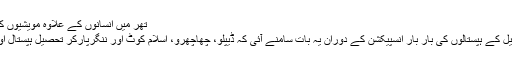
Image caption تھر میں انسانوں کے علاوہ مویشیوں کو بھی خطرہ لاحق ہے
رپورٹ کے مطابق ضلعی ہپستال اور تحصیل کے ہپستالوں کی بار بار انسپیکشن کے دوران یہ بات سامنے آئی کہ ڈیپلو، چھاچھرو، اسلام کوٹ اور ننگرپارکر تحصیل ہپستال اور ڈسپینسریاں مکمل طور پر فعال نہیں ہیں۔